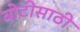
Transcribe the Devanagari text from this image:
बोटीसाठी